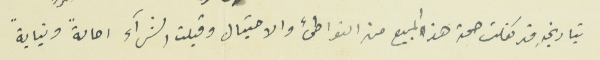
بتاريخ قد كفلت صحة هذا المبيع من التواطىء والاحتيال وقبلت الشرآء احالةً ونيابةً